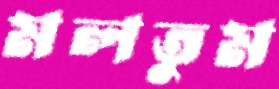
মলতুম